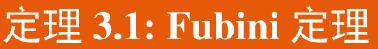
定理 3.1: Fubini 定理